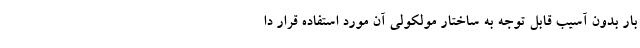
بار بدون آسیب قابل توجه به ساختار مولکولی آن مورد استفاده قرار دا